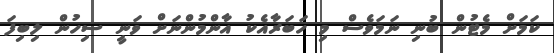
ކަމަށް މެޓުން ބުނި ނަމަވެސް މި ހަބަރާއެކު އާންމުންނަށް ވަނީ ސިހުން ލިބިފަ